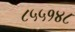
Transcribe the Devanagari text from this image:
८५५१४८